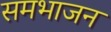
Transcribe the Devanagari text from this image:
समभाजन